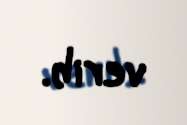
verib.